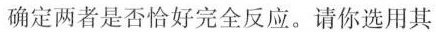
确定两者是否恰好完全反应。请你选用其